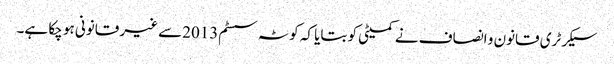
سیکرٹری قانون و انصاف نے کمیٹی کو بتایا کہ کوٹہ سسٹم2013سے غیر قانونی ہو چکا ہے۔